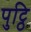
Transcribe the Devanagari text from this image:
पुट्ठि